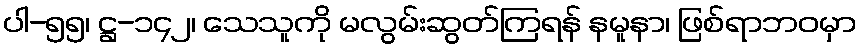
ပါ-၅၅၊ ဋ္ဌ-၁၄၂၊ သေသူကို မလွမ်းဆွတ်ကြရန် နမူနာ၊ ဖြစ်ရာဘဝမှာ